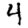
Digit: 4